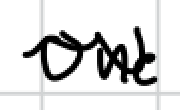
Text: One
Cross-out: wave
Writing tool: digital_black